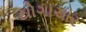
યોગાચાર